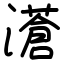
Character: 濸